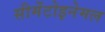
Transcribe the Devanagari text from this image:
सीमेंटोइनेमल